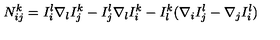
N _ { i j } ^ { k } = I _ { i } ^ { l } \nabla _ { l } I _ { j } ^ { k } - I _ { j } ^ { l } \nabla _ { l } I _ { i } ^ { k } - I _ { l } ^ { k } ( \nabla _ { i } I _ { j } ^ { l } - \nabla _ { j } I _ { i } ^ { l } )